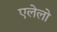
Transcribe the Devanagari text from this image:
एलेलो